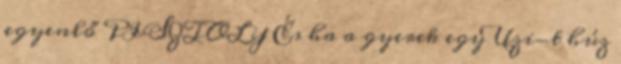
egyenlő PISZTOLY És ha a gyerek egy Uzi-t húz